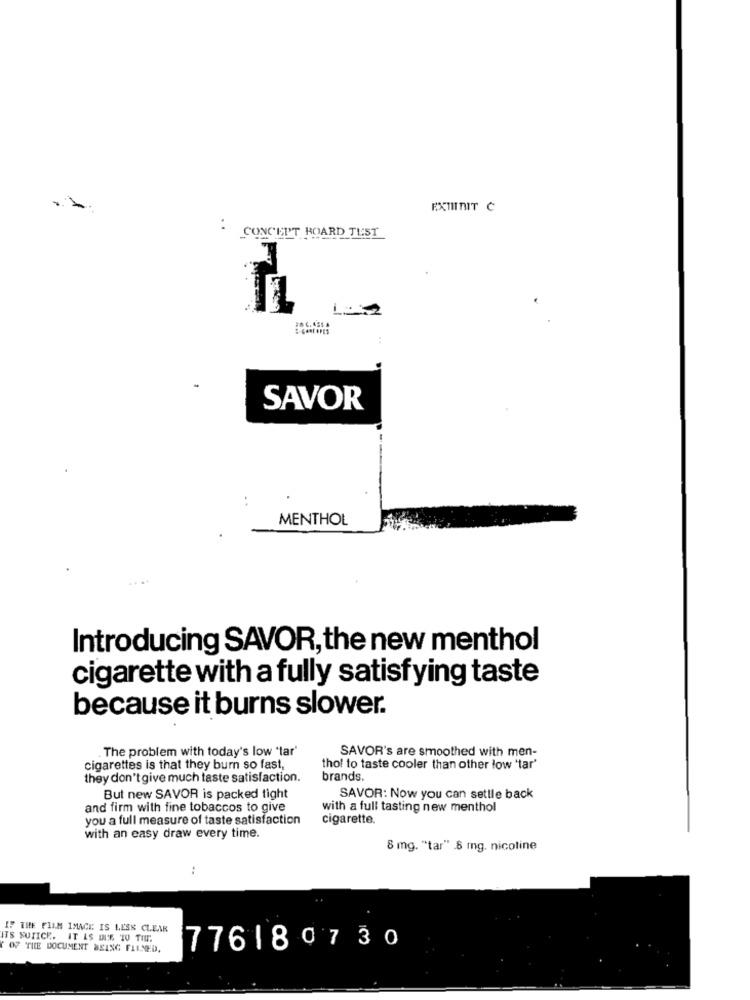
EXTINIT C
:
CONCEPT BOARD TEST
SAVOR
..
MENTHOL
Introducing SAVOR, the new menthol
cigarette with a fully satisfying taste
because it burns slower.
The problem with today's low 'tar'
SAVOR's are smoothed with men-
cigarettes is that they burn so fast,
thol to taste cooler than other low 'tar'
they don't give much taste satisfaction.
brands.
But new SAVOR is packed tight
SAVOR: Now you can settle back
and firm with fine tobaccos to give
with a full tasting new menthol
you a full measure of taste satisfaction
cigarette.
with an easy draw every time.
8 mg. "tar" .8 mg. nicoline
:
IF THE FILM IMAGE IS LESS CLEAR
ITS NOTICE. IT IS DUE TO THE.
Y OF THE DOCUMENT BEING FILNED.
776180730